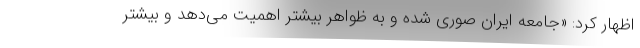
اظهار کرد: «جامعه ایران صوری شده و به ظواهر بیشتر اهمیت می‌دهد و بیشتر